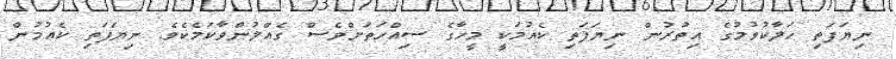
ނިޔަފަތި ހަލާކުވުމުގެ އިތުރުން ނިޔަފަތި ކެއުމަކީ މީހާގެ ސިއްހަތަށްވެސް ގެއްލުންވާކަމެކެވެ. ނިޔަފަތި ކެއުމުން